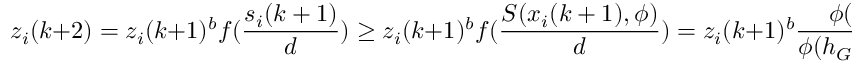
z _ { i } ( k + 2 ) = z _ { i } ( k + 1 ) ^ { b } f ( \frac { s _ { i } ( k + 1 ) } { d } ) \geq z _ { i } ( k + 1 ) ^ { b } f ( \frac { S ( x _ { i } ( k + 1 ) , \phi ) } { d } ) = z _ { i } ( k + 1 ) ^ { b } \frac { \phi ( h _ { G } - 1 ) x _ { i } ( k + 1 ) + 1 } { \phi ( h _ { G } - 1 ) ( 1 - x _ { i } ( k + 1 ) ) + 1 } > z _ { i } ( k + 1 )